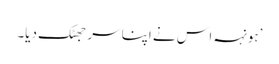
’ہونہہ اس نے اپنا سر جھٹک دیا۔